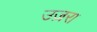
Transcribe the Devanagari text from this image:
उज़रा